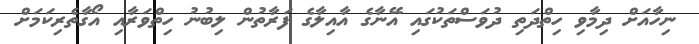
ނިހާއަށް ދިމާވި ހިތްދަތި ދުވަސްތަކުގައި އޭނާގެ އާއިލާގެ ފަރާތުން ލިބުނު ހިތްވަރާއި އޯގާތެރިކަމަށް